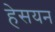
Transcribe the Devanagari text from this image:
हेसयन